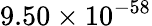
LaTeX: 9.50\times 10^{-58}